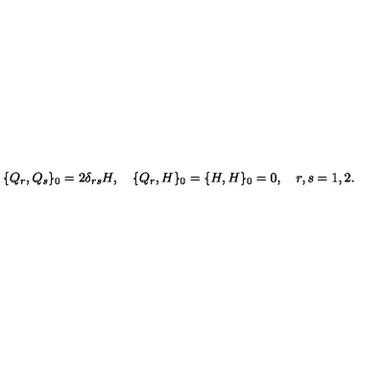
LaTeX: \{ Q _ { r } , Q _ { s } \} _ { 0 } = 2 \delta _ { r s } H , \quad \{ Q _ { r } , H \} _ { 0 } = \{ H , H \} _ { 0 } = 0 , \quad r , s = 1 , 2 .